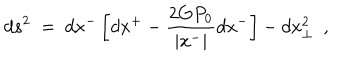
d s ^ { 2 } ~ = ~ d x ^ { - } \left[ d x ^ { + } - \frac { 2 G P _ { 0 } } { | x ^ { - } | } d x ^ { - } \right] - d x _ { \perp } ^ { 2 } ~ ~ ,